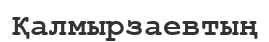
Қалмырзаевтың